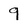
Character: 9